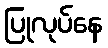
ပြုလုပ်နေ